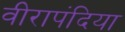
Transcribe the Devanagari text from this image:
वीरापंदिया